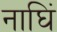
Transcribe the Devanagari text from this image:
नाघिं